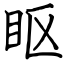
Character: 眍